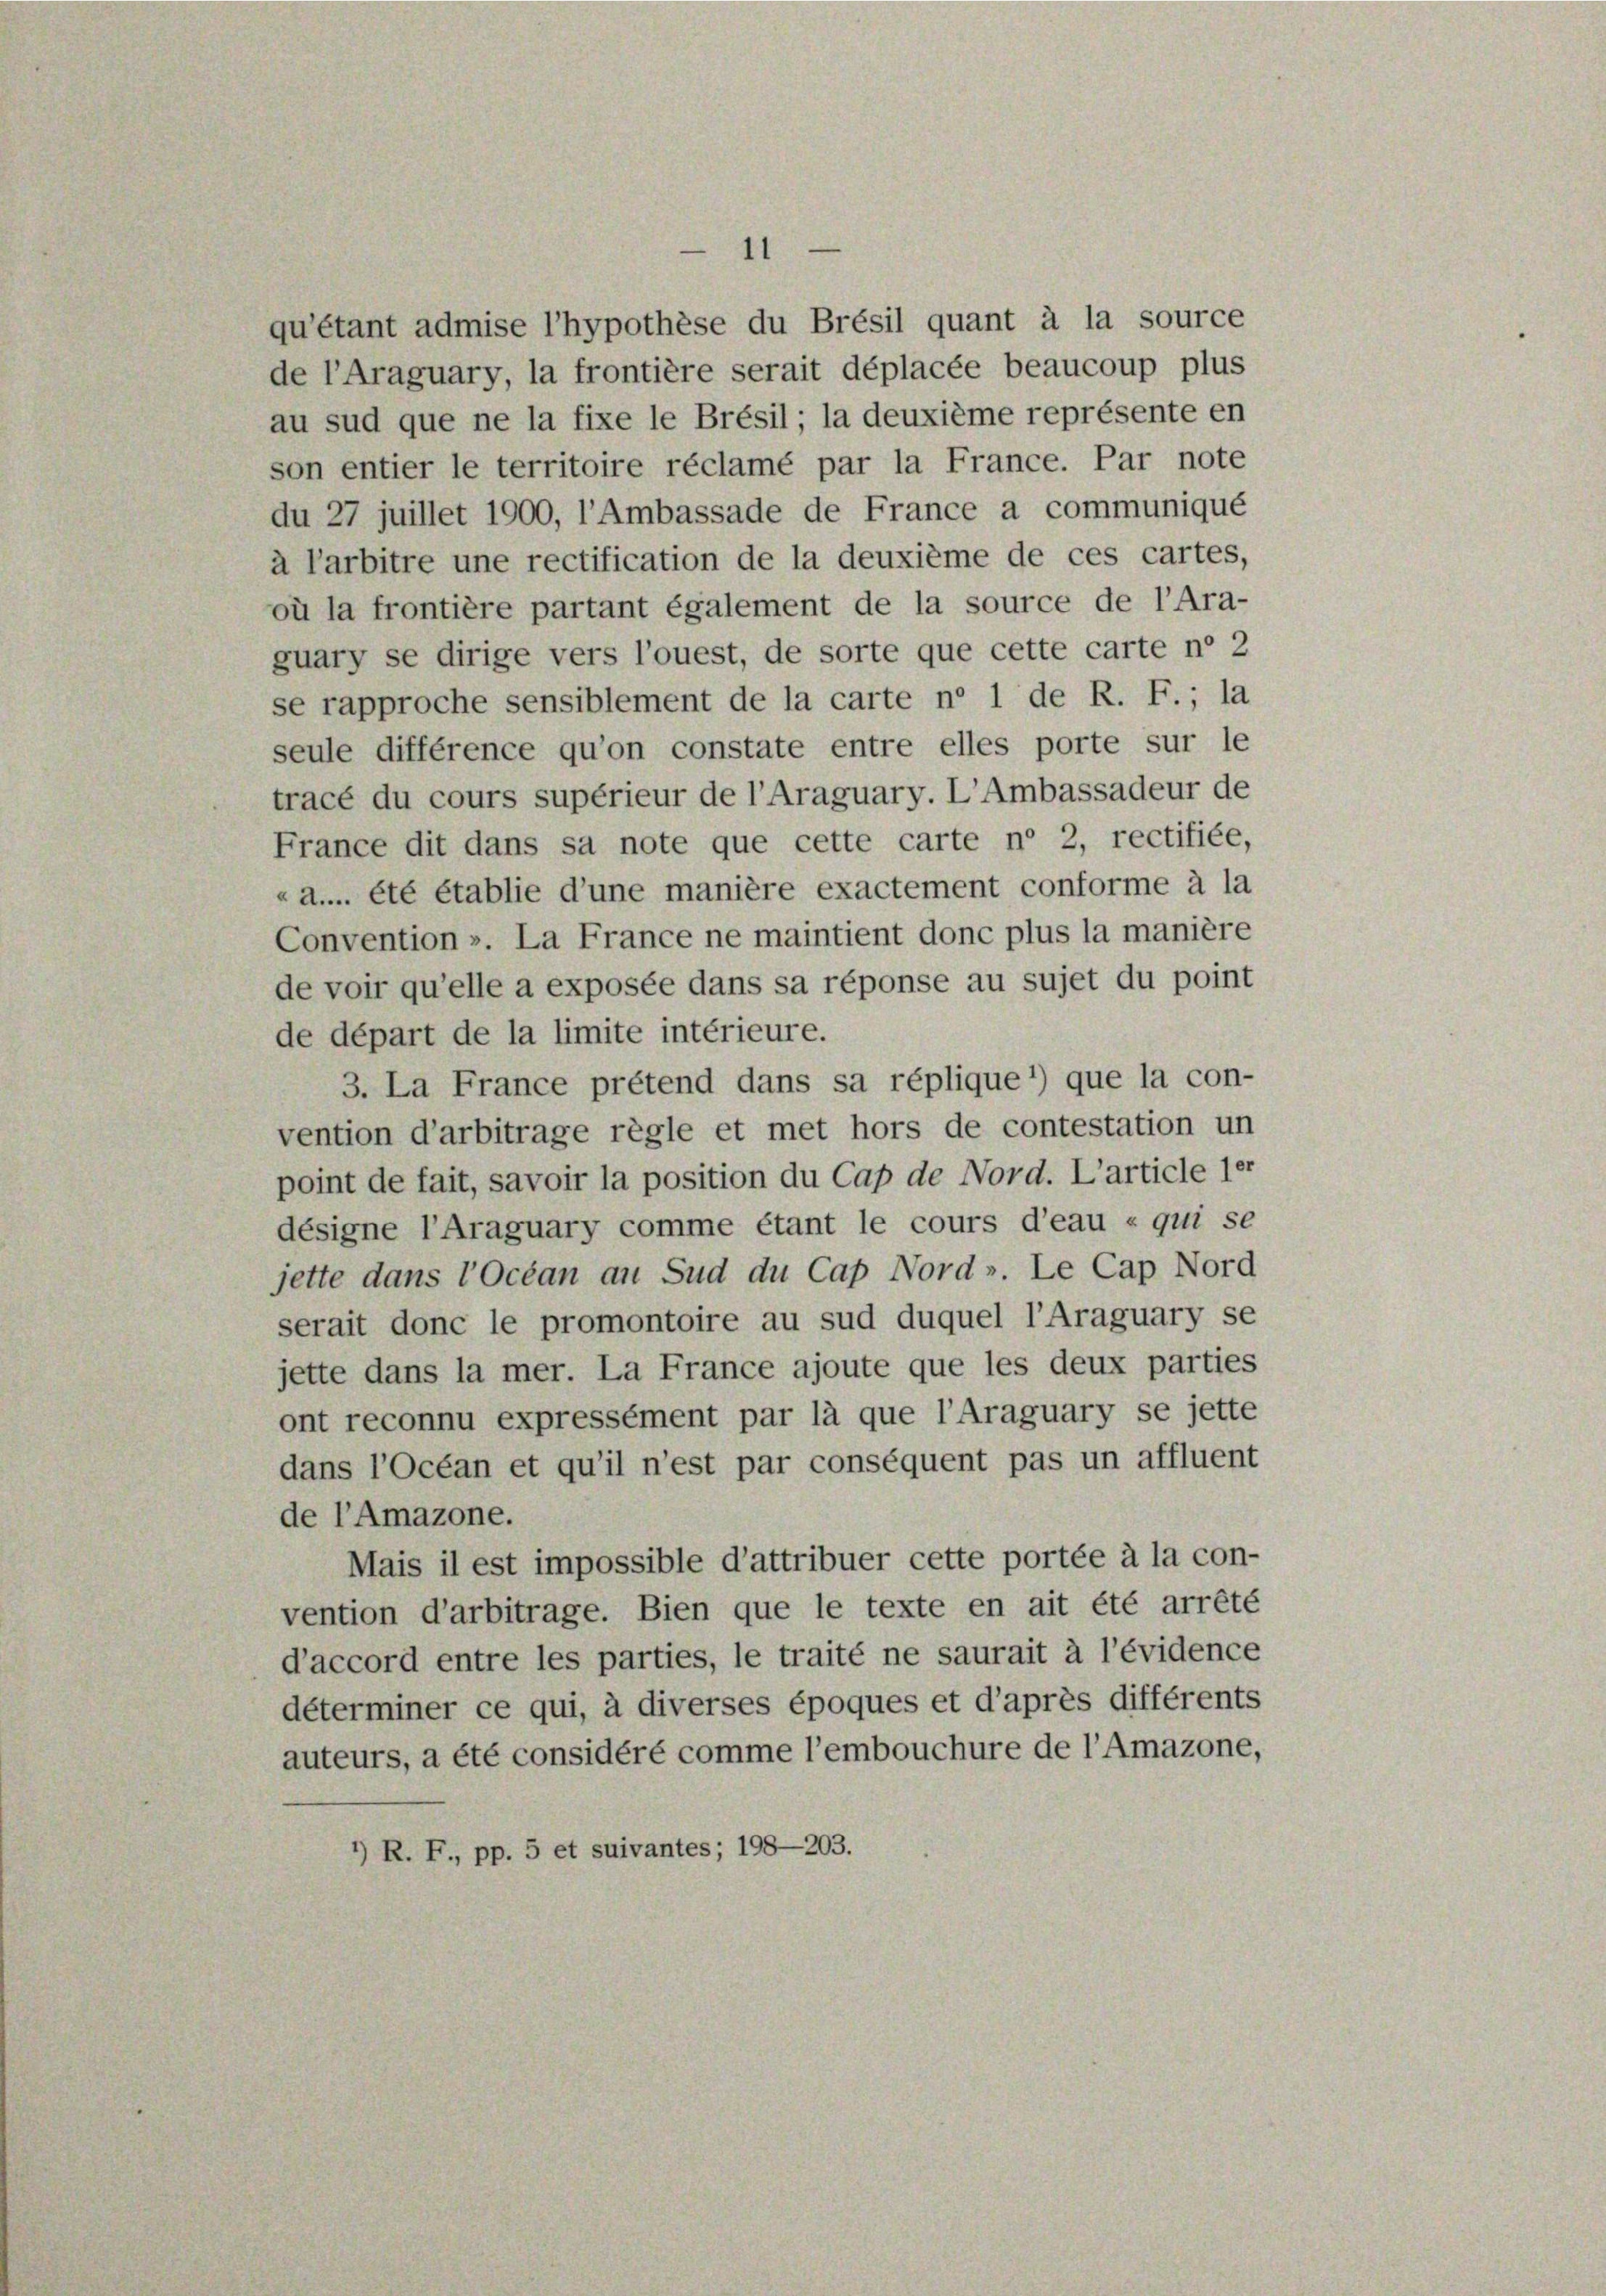
son entier le territoire réclamé par la France. Par note
du 27 juillet 1900, l’Ambassade de France a communiqué
à l’arbitre une rectification de la deuxième de ces cartes,
où la frontière partant également de la source de l’Ara-
guary se dirige vers l’ouest, de sorte que cette carte ne 2
se rapproche sensiblement de la carte n 1 de R. F.; la
seule différence qu’on constate entre elles porte sur le
tracé du cours supérieur de l’Araguary. L’Ambassadeur de
France dit dans sa note que cette carte n’ 2, rectifiée,
«a.... été établie d’une manière exactement conforme à la
Convention ». La France ne maintient donc plus la manière
de voir qu’elle a exposée dans sa réponse au sujet du point
de départ de la limite intérieure.
3. La France prétend dans sa réplique *) que la con-
vention d’arbitrage règle et met hors de contestation un
point de fait, savoir la position du Cap de Nord. L’article 1er
désigne l’Araguary comme étant le cours d’eau « qui se
jette dans l’Ocean an Sud du Cap Nord». Le Cap Nord
serait donc le promontoire au sud duquel l’Araguary se
jette dans la mer. La France ajoute que les deux parties
ont reconnu expressément par là que l’Araguary se jette
dans l’Océan et qu’il n’est par conséquent pas un affluent
de l’Amazone.
Mais il est impossible d’attribuer cette portée à la con-
vention d’arbitrage. Bien que le texte en ait été arrêté
d’accord entre les parties, le traité ne saurait à l’évidence
déterminer ce qui, à diverses époques et d’après différents
auteurs, a été considéré comme l’embouchure de l’Amazone,
*) R. F., pp. 5 et suivantes; 198—203.

qu’étant admise l’hypothèse du Brésil quant à la source
de l’Araguary, la frontière serait déplacée beaucoup plus
au sud que ne la fixe le Brésil; la deuxième représente en